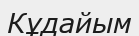
Кұдайым